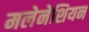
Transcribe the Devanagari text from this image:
मलेनेशियन